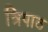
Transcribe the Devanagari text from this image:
त्रिपाठ